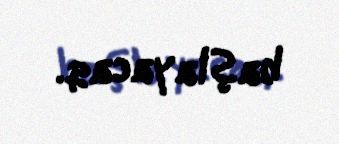
başlayacaq.